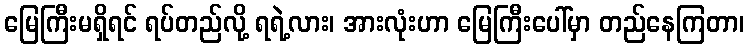
မြေကြီးမရှိရင် ရပ်တည်လို့ ရရဲ့လား၊ အားလုံးဟာ မြေကြီးပေါ်မှာ တည်နေကြတာ၊